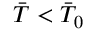
\Bar { T } < \Bar { T } _ { 0 }